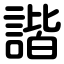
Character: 諧